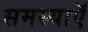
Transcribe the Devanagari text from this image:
समस्याऍ